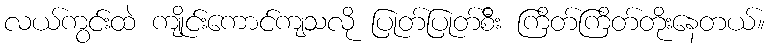
လယ်ကွင်းထဲ ကျိုင်းကောင်ကျသလို ပြုတ်ပြုတ်စီိး ကြိတ်ကြိတ်တိုးနေတယ်။